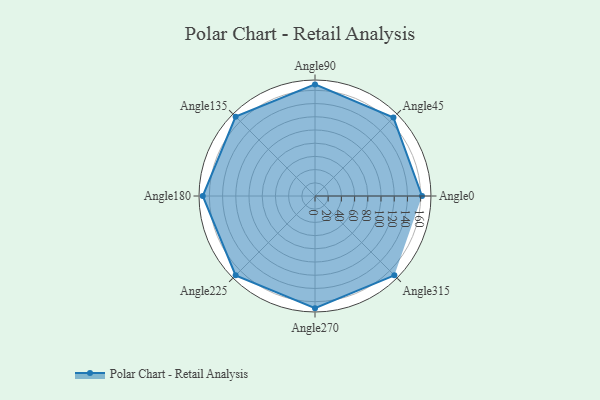
{"axis": {"x": "Angle", "y": "Radius"}, "legend": [""], "data": [{"x": "Angle0", "y": 162.0, "type": ""}, {"x": "Angle45", "y": 168.0, "type": ""}, {"x": "Angle90", "y": 169.0, "type": ""}, {"x": "Angle135", "y": 170, "type": ""}, {"x": "Angle180", "y": 170, "type": ""}, {"x": "Angle225", "y": 170, "type": ""}, {"x": "Angle270", "y": 170, "type": ""}, {"x": "Angle315", "y": 170, "type": ""}]}